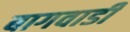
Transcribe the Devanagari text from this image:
बागवाडी